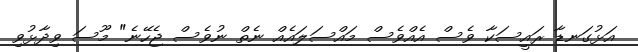
އަޅުގަނޑާ ރައީސަކާ ވެސް އެއްވެސް މައްސަލައެއް ނެތް ނުވެސް ޖެހޭނެ" މޫސަ ވިދާޅުވި